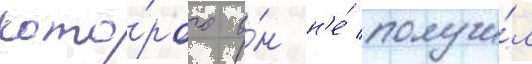
кото́рого о́н н'е́ получи́л